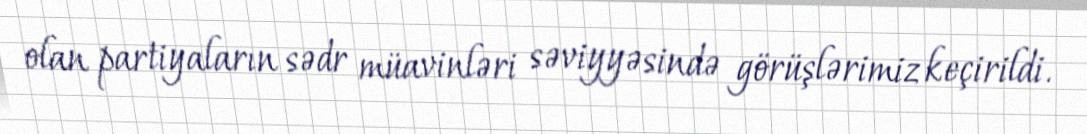
olan partiyaların sədr müavinləri səviyyəsində görüşlərimiz keçirildi.